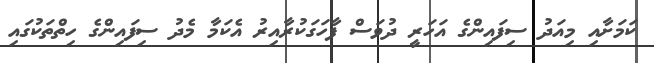
ކަމަށާއި މިއަދު ސިފައިންގެ އަހަރީ ދުވަސް ފާހަގަކުރާއިރު އެކަމާ މެދު ސިފައިންގެ ހިތްތަކުގައި